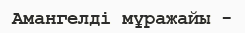
Амангелді мұражайы -